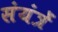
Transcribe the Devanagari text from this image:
संयंत्रें